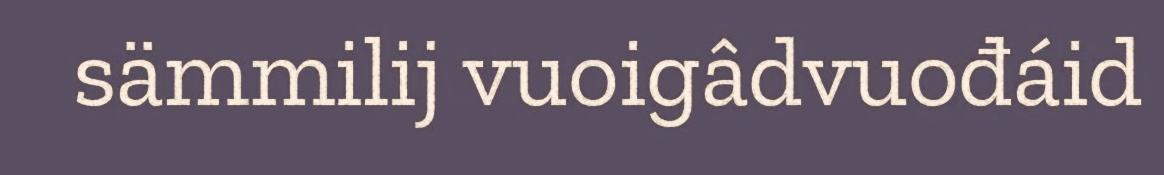
sämmilij vuoigâdvuođáid